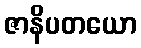
ဇာနိပတယော